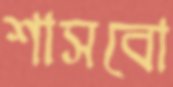
শাসবো